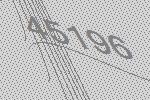
45196